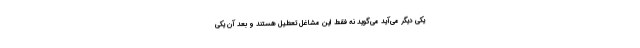
یکی دیگر می‌آید می‌گوید نه فقط این مشاغل تعطیل هستند و بعد آن یکی